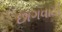
છાગવાડી